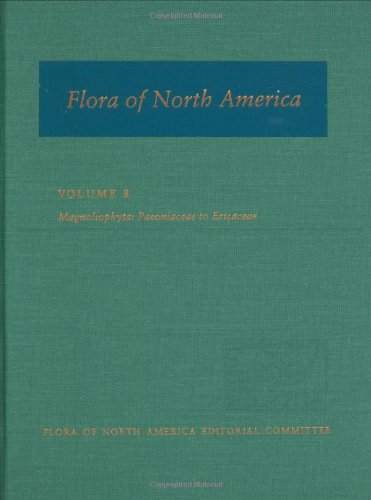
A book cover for Flora of North America, Volume 8, Magnoliophyta: Paeoniaceae to Ericaceae; Flora of North America Editorial Committee; Science & Math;